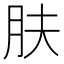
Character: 肤